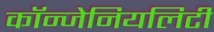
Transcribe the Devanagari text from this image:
कॉन्जेनियलिटी